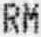
RM